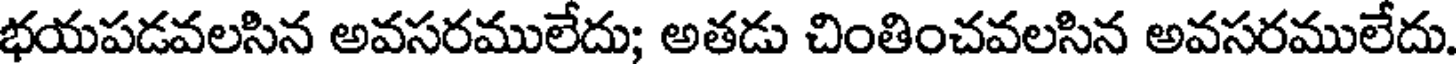
భయపడవలసిన అవసరములేదు; అతడు చింతించవలసిన అవసరములేదు